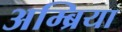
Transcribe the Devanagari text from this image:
अम्ब्रिया